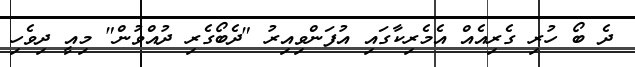
ދެ ބޯ ހުރި ގެރިއެއް އެމެރިކާގައި އުފަންވިއިރު "ދެބޯގެރި ދުއްވުން" މިއީ ދިވެހި